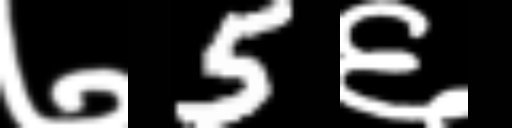
Text: ७5६